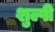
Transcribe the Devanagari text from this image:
शुल्पी